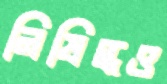
নিষিদ্ধও